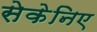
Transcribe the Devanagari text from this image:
सेकेनिए